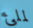
لملئ